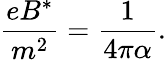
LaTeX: \frac{eB^{*}}{m^{2}}=\frac{1}{4\pi\alpha}.